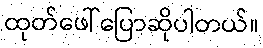
ထုတ်ဖေါ်ပြောဆိုပါတယ်။